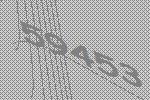
59453